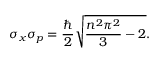
\sigma _ { x } \sigma _ { p } = { \frac { \hbar } { 2 } } { \sqrt { { \frac { n ^ { 2 } \pi ^ { 2 } } { 3 } } - 2 } } .